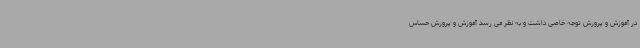
در آموزش و پرورش توجه خاصی داشت و به نظر می رسد آموزش و پرورش حساس